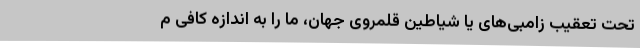
تحت تعقیب زامبی‌های یا شیاطین قلمروی جهان، ما را به اندازه کافی م